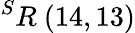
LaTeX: ^{S}R\ (14,13)